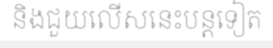
និងជួយលើសនេះបន្តទៀត